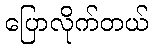
ပြောလိုက်တယ်